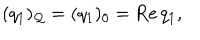
( q _ { 1 } ) _ { \cal Q } = ( q _ { 1 } ) _ { 0 } = \mathrm { R e } \, q _ { 1 } ,